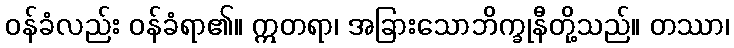
ဝန်ခံလည်း ဝန်ခံရာ၏။ ဣတရာ၊ အခြားသောဘိက္ခုနီတို့သည်။ တဿာ၊